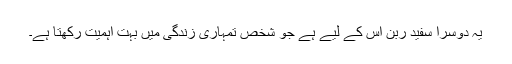
یہ دوسرا سفید ربن اس کے لیے ہے جو شخص تمہاری زندگی میں بہت اہمیت رکھتا ہے۔